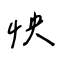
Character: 怏